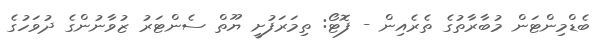
ބެޑްމިންޓަން މުބާރާތުގެ ތެރެއިން - ފޮޓޯ: ތިމަރަފުށީ ޔޫތް ސެންޓަރު ޒުވާނުންގެ ދުވަހުގެ